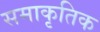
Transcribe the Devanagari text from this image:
समाकृतिक